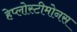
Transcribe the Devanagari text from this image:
हेप्लोस्टीमोनस